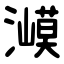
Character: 㵹